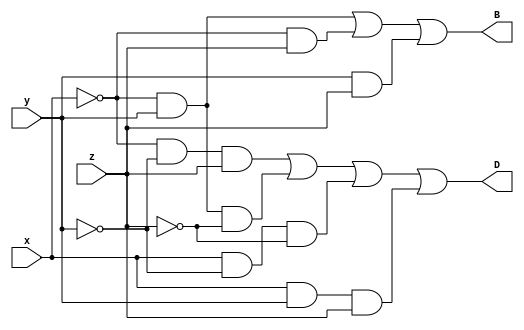
//Full Subtractor Module
module fullsub(B, D, x, y, z);

//Output and Input  ports
output B, D;
input x, y, z;

//Compute D and B

assign D = 	(~x & ~y & z) | (~x & y & ~z) |
		(x & ~y & ~z) | (x & y & z) ;	

assign B = 	(~x & y) | (~x & z) | (y & z);


endmodule

module stimulus;

reg x, y, z;
wire B, D;

//Instantiate the SUB module
fullsub SUB(B, D, x, y, z);

initial
	$monitor($time,"  x = %b, y = %b, z = %b, B = %b, D = %b",
			x, y, z, B, D);

//Stimulate the inputs
initial
begin
	x = 0; y = 0; z = 0;

	# 10 x = 0; y = 0; z = 1;

	# 10 x = 0; y = 1; z = 0;

	# 10 x = 0; y = 1; z = 1;

	# 10 x = 1; y = 0; z = 0;

	# 10 x = 1; y = 0; z = 1;

	# 10 x = 1; y = 1; z = 0;

	# 10 x = 1; y = 1; z = 1;
end
	
endmodule